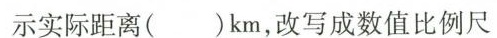
示实际距离( )km，改写成数值比例尺